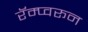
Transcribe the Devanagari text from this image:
रॅम्प्वरून